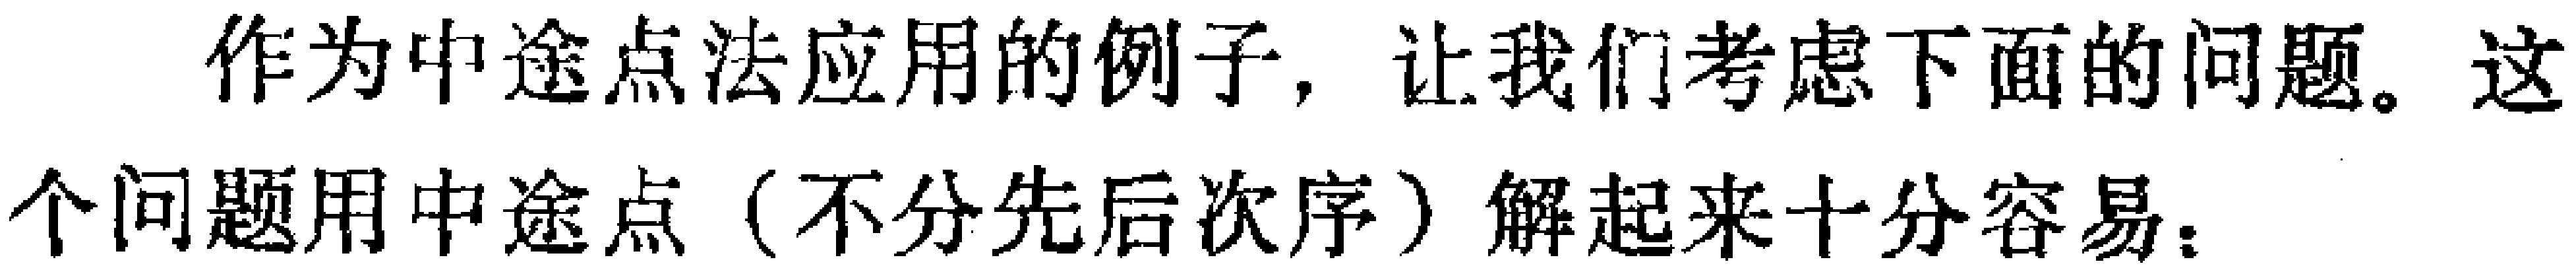
作为中途点法应用的例子，让我们考虑下面的问题。这个问题用中途点（不分先后次序）解起来十分容易：